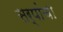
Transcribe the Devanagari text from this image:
सर्पांचा